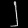
Digit: ၂